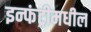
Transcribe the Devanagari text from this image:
इन्फंट्रीमधील